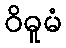
ဝိဓူမံ